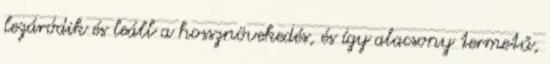
lezáródik és leáll a hossznövekedés, és így alacsony termetű,